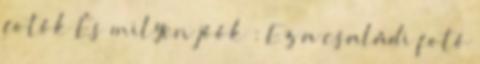
fotók És milyen jóók : Ez a családi fotó